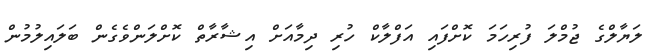
ލަޔާލްގެ ޖުމްލަ ފުރިހަމަ ކޮށްފައި އަފްލާކް ހުރި ދިމާއަށް އިޝާރާތް ކޮށްލަންވެގެން ބަލައިލުމުން